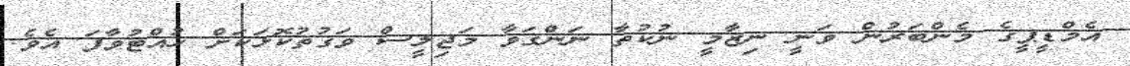
އެމްޑީޕީގެ މެންބަރުން ވަނީ ނިޒާމީ ނުކުތާ ނަންގަވާ މަޖިލީސް ވަގުތުކޮޅަކަށް ހުއްޓުވާފަ އެވެ.